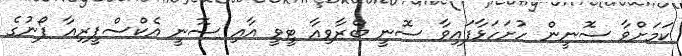
ކަމަށްވާ ސޮނީން ހުށަހަޅާފައިވާ ސޮނީ ބްރާވިއާ ޓީވީ އާއި ސޮނީ އެކްސްޕީރިއާ ފޯނުގެ